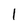
Character: l